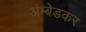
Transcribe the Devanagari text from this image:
अंम्बेडकर